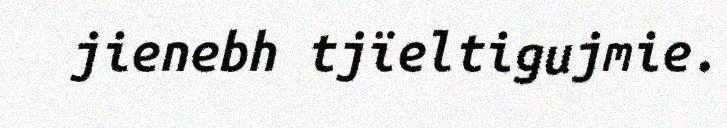
jienebh tjïeltigujmie.